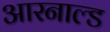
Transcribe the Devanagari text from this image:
आरनाल्ड